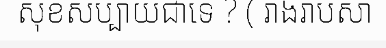
សុខសប្បាយជាទេ ? ( រាងរាបសា